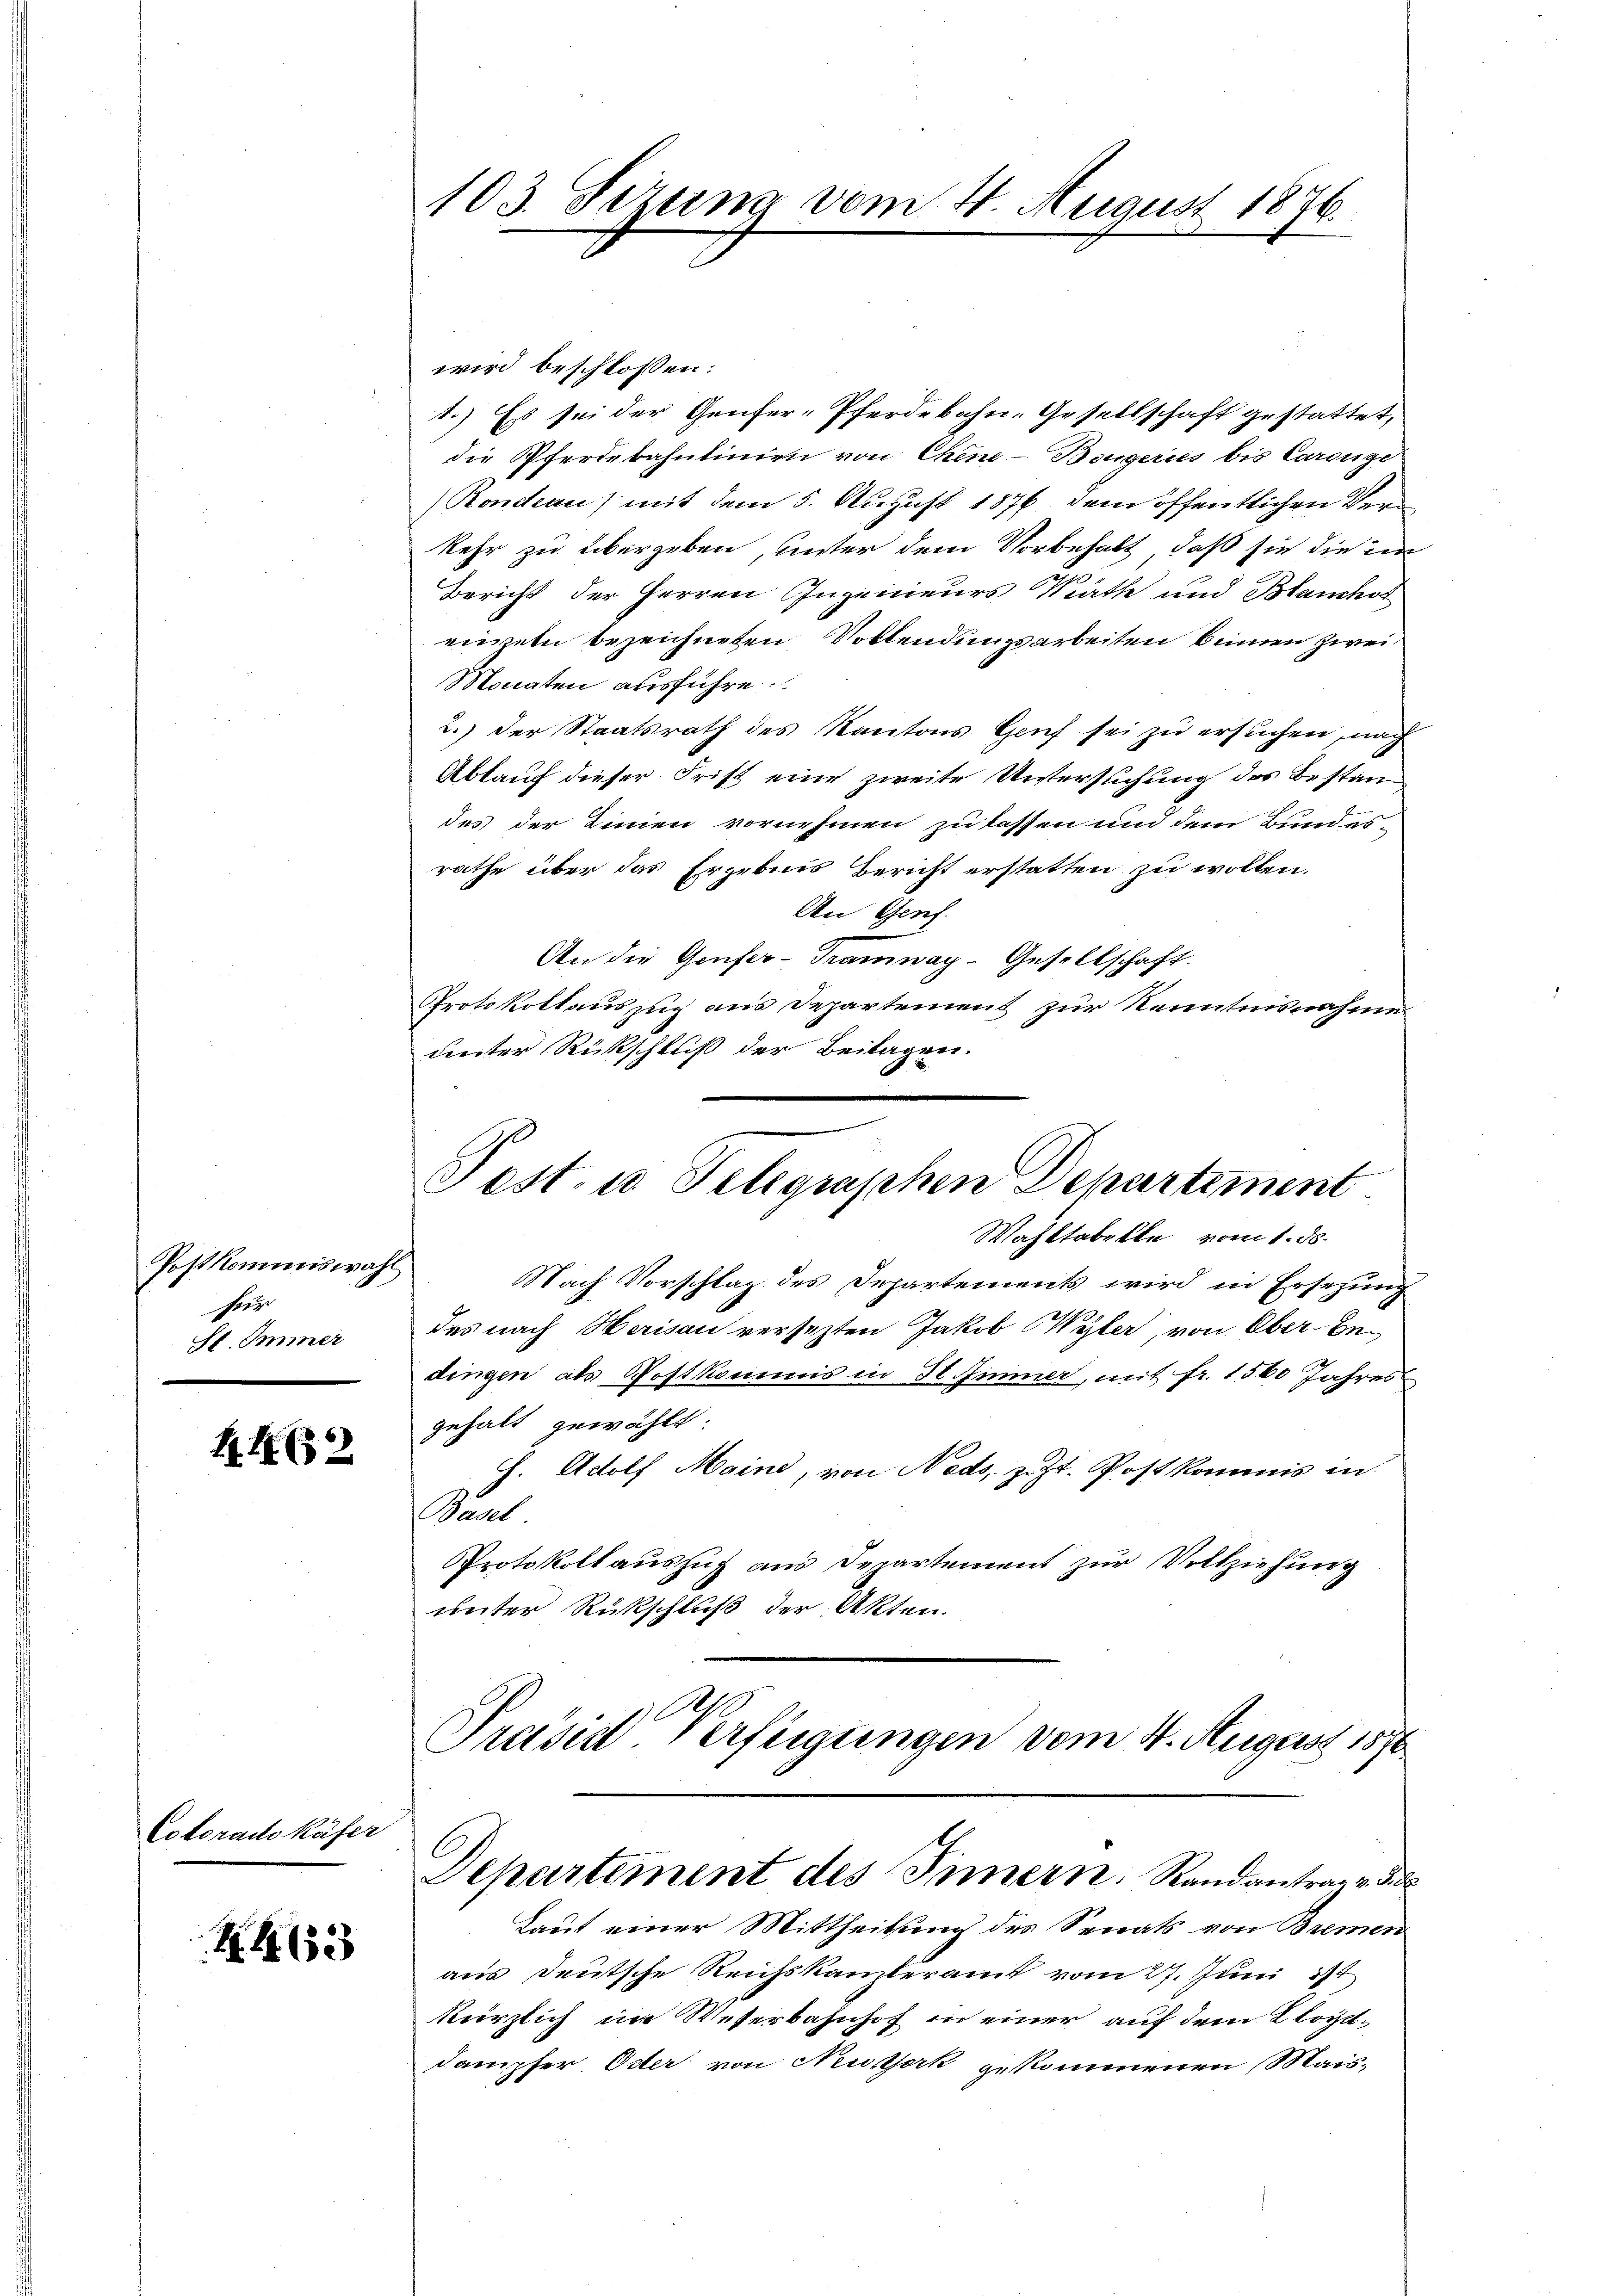
Postkommiswahl
herge
St. Immer

HI (3

Colorado käfer

R 1655

wird beschlossen:
1.) Es sei der Genfer-Pferdebahn-Gesellschaft gestattet,
die Pferdebahntinien von Chine-Bergeries bis Caronze
Rondeau) mit dem 5. August 1876 dem öffentlichen Verkehr zu übergeben, unter dem Vorbehalt, daß sie die im
Bericht der Herren Ingenieurs Mathe und Blanchot
einen bezeichneten Vollendungsarbeiten binnen Zwei¬
Monaten ausführe.
2.) Der Staatsrath des Kantons Genf sei zu ersuchen, nach
Ablauf dieser Frist eine zweite Untersuchung des Bestandes der Linien vornehmen zu lassen und dem Bundes-
rathe über das Ergebnis Bericht erstatten zu wollen.
An Genf.
An die Genfer-Tramway-Gesellschaft.
Protokollauszug aus Departement zur Kenntnisnahme
unter Rückschluß der Beilagen.

103. Fezung vom 4. August 1876.

Pest. u Telegraphen Departiment
Wahltabelle vom 1. d.

NNach Vorschlag des Departements wird in Ersezung
das nach Marisau versezten Jakob Wyler, von Ober Bedingen als Postkommis in Stimmer, mit fr. 1560 Jahres
gehalt gewählt:
H. Adolf Maine, von Neds, z. Zt. Postkommis in
Basel
Protokoll auszug aus Departement zur Vollziehung
unter Rückschluß der Akten.
Präsid Verfügungen vom 4. August 1870

4
Departement des Innern, Randantrag v. 3. d.
Laut einer Mittheilung des Senats von Bremen

aus deutsche Reichskanzleramt vom 27. Juni 184
kürzlich im Weserbahnhof in einer auf dem Klostdampfer Oder von Neustark gekommenen Mais-